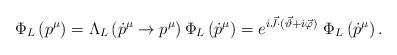
LaTeX: \begin{align*}\Phi _{L}\left( p^{\mu }\right) =\Lambda _{L}\left( \dot p^{\mu }\to p^{\mu }\right)\Phi _{L}\left( \dot p^{\mu }\right) =e^{i\vec{J}\cdot (\vec{\vartheta }+i\vec{\varphi })}~\Phi _{L}\left( \dot p^{\mu }\right). \end{align*}